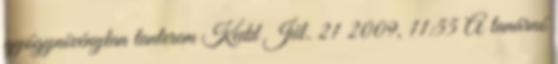
gyógynövénytan tanterem Kedd Júl. 21 2009, 11:55 A tanárnó